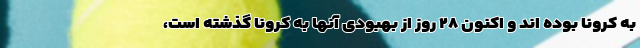
به کرونا بوده اند و اکنون ۲۸ روز از بهبودی آنها به کرونا گذشته است،